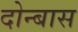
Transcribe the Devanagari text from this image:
दोन्बास